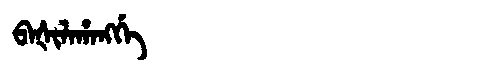
Manchu: ᠪᠠᡧᡳᠯᠠᡥᠠᠩᡤᡝ
Romanization: BAŠILAHANGGE